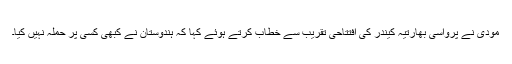
مودی نے پرواسی بھارتیہ کیندر کی افتتاحی تقریب سے خطاب کرتے ہوئے کہا کہ ہندوستان نے کبھی کسی پر حملہ نہیں کیا۔